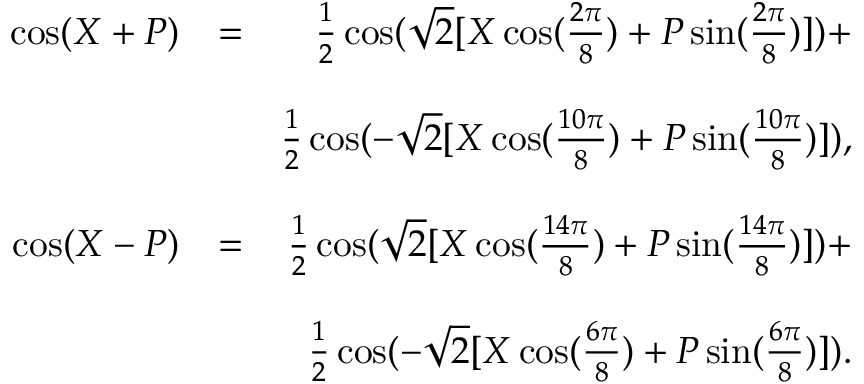
\begin{array} { r l r } { \cos ( X + P ) } & { = } & { \frac { 1 } { 2 } \cos ( \sqrt { 2 } [ X \cos ( \frac { 2 \pi } { 8 } ) + P \sin ( \frac { 2 \pi } { 8 } ) ] ) + } \\ & { } & \\ & { } & { \frac { 1 } { 2 } \cos ( - \sqrt { 2 } [ X \cos ( \frac { 1 0 \pi } { 8 } ) + P \sin ( \frac { 1 0 \pi } { 8 } ) ] ) , } \\ & { } & \\ { \cos ( X - P ) } & { = } & { \frac { 1 } { 2 } \cos ( \sqrt { 2 } [ X \cos ( \frac { 1 4 \pi } { 8 } ) + P \sin ( \frac { 1 4 \pi } { 8 } ) ] ) + } \\ & { } & \\ & { } & { \frac { 1 } { 2 } \cos ( - \sqrt { 2 } [ X \cos ( \frac { 6 \pi } { 8 } ) + P \sin ( \frac { 6 \pi } { 8 } ) ] ) . } \\ & { } & \end{array}